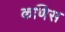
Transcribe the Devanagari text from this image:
कणिस